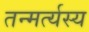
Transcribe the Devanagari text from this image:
तन्मर्त्यस्य